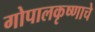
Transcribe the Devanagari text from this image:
गोपालकृष्णाचे